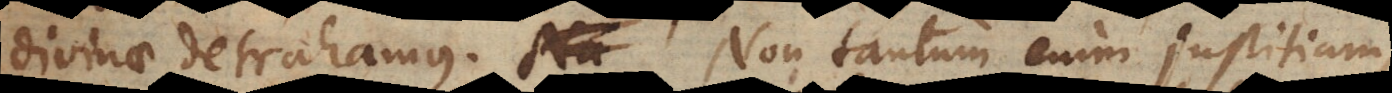
divinae detrahamus. Non tantum enim justitiam,